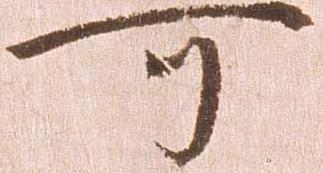
可